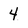
Character: 4